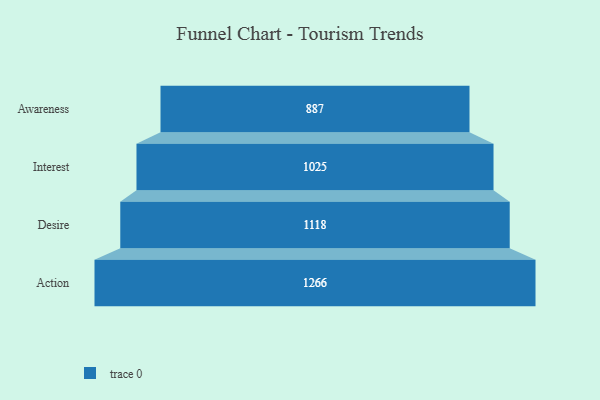
{"axis": {"x": "Stage", "y": "Value"}, "legend": [""], "data": [{"x": "Awareness", "y": 887.0, "type": ""}, {"x": "Interest", "y": 1025.0, "type": ""}, {"x": "Desire", "y": 1118.0, "type": ""}, {"x": "Action", "y": 1266.0, "type": ""}]}